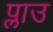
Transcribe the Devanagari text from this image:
प्लाउ